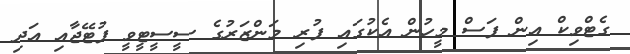
ގެޓްވިކް އިން ފަސް މީހުން އެކުގައި ފުރި މަންޒަރުގެ ސީސީޓީވީ ފުޓޭޖާއި އަދި